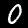
Label: 0